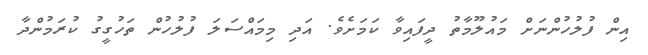
އިން ފުލުހުންނަށް މައުލޫމާތު ދީފައިވާ ކަމަށެވެ. އަދި މިމައްސަލަ ފުލުހުން ތަހުގީގު ކުރަމުންދާ